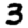
Digit: 3